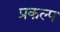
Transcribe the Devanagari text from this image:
प्रकल्‍प